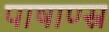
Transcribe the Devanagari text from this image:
पाषाण्स्र